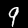
Label: 9